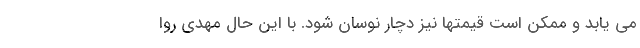
می یابد و ممکن است قیمتها نیز دچار نوسان شود. با این حال مهدی روا